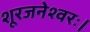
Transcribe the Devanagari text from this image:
शूरजनेश्वरः।